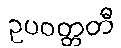
ဥပဝတ္တတီ